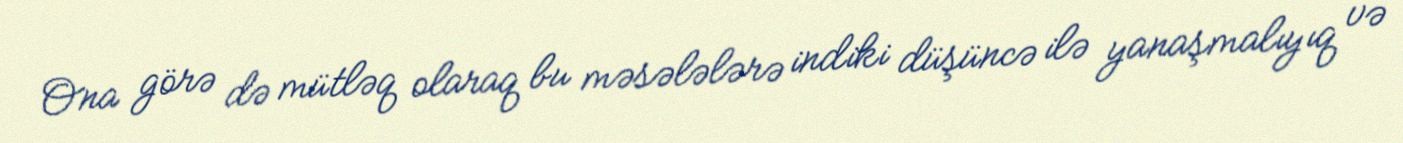
Ona görə də mütləq olaraq bu məsələlərə indiki düşüncə ilə yanaşmalıyıq və